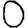
Digit: 0